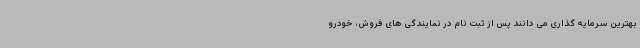
بهترین سرمایه گذاری می دانند پس از ثبت نام در نمایندگی های فروش، خودرو